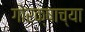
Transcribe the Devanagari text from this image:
गोरक्षाच्या